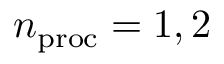
n _ { \mathrm { p r o c } } = 1 , 2